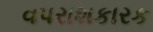
વપરાશકારક